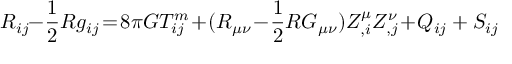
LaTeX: R _ { i j } \! \! - \! \frac { 1 } { 2 } R g _ { i j } \! = \! 8 \pi G T _ { i j } ^ { m } \! + \! ( { \cal R } _ { \mu \nu } \! - \! \frac { 1 } { 2 } { \cal R } { \cal G } _ { \mu \nu } ) Z _ { , i } ^ { \mu } Z _ { , j } ^ { \nu } \! + \! Q _ { i j } + S _ { i j }